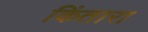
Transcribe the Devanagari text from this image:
किंतारा